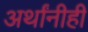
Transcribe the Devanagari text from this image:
अर्थांनीही